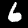
Label: 6